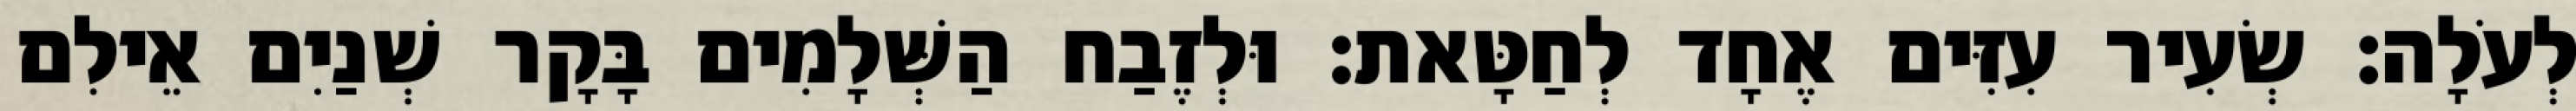
לְעֹלָה׃ שְׂעִיר עִזִּים אֶחָד לְחַטָּאת׃ וּלְזֶבַח הַשְּׁלָמִים בָּקָר שְׁנַיִם אֵילִם